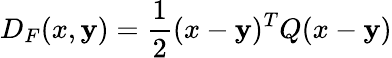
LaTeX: D_{F}(x,\mathbf{y})={\frac{{1}}{{2}}}(x-\mathbf{y})^{T}Q(x-\mathbf{y})